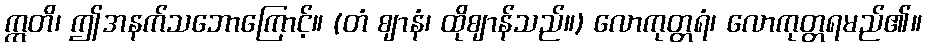
ဣတိ၊ ဤအနက်သဘောကြောင့်။ (တံ ဈာနံ၊ ထိုဈာန်သည်။) လောကုတ္တရံ၊ လောကုတ္တရမည်၏။